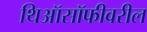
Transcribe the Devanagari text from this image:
थिऑसॉफीवरील